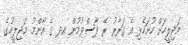
މަޖިލީހަށް ހުށަހެޅި އެ ގަރާރު ރޭ ފާސްވުމުން އދ ގެ އާންމު މަޖިލީހުގެ